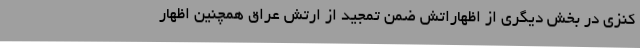
کنزی در بخش دیگری از اظهاراتش ضمن تمجید از ارتش عراق همچنین اظهار